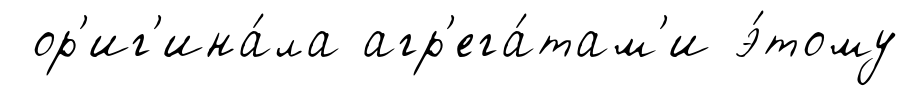
ор'иг'ина́ла агр'ега́там'и э́тому